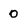
Character: 0